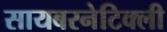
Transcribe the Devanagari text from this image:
सायबरनेटिक्ली